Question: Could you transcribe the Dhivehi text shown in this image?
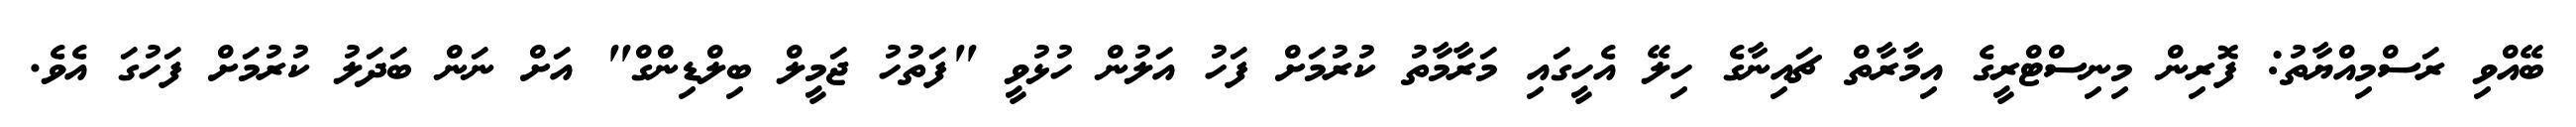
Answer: ބޭއްވި ރަސްމިއްޔާތު: ފޮރިން މިނިސްޓްރީގެ އިމާރާތް ޗައިނާގެ ހިލޭ އެހީގައި މަރާމާތު ކުރުމަށް ފަހު އަލުން ހުޅުވީ "ފަތުހު ޖަމީލް ބިލްޑިންގް" އަށް ނަން ބަދަލު ކުރުމަށް ފަހުގަ އެވެ.